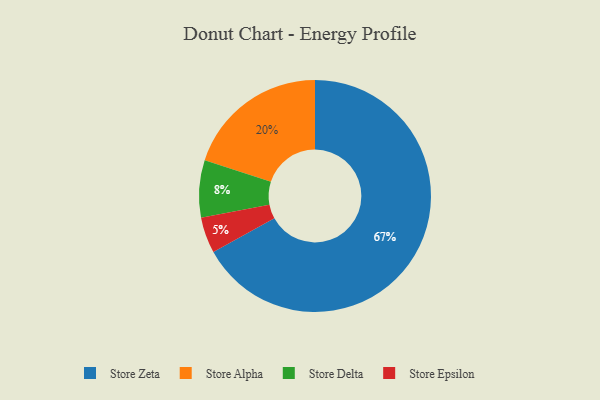
{"axis": {"x": "Category", "y": "Percentage"}, "legend": ["Store Alpha", "Store Delta", "Store Epsilon", "Store Zeta"], "data": [{"x": "Store Alpha", "y": 20, "type": "Store Alpha"}, {"x": "Store Epsilon", "y": 5, "type": "Store Epsilon"}, {"x": "Store Delta", "y": 8, "type": "Store Delta"}, {"x": "Store Zeta", "y": 67, "type": "Store Zeta"}]}